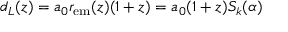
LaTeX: d _ { L } ( z ) = a _ { 0 } r _ { \mathrm { e m } } ( z ) ( 1 + z ) = a _ { 0 } ( 1 + z ) S _ { k } ( \alpha )